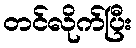
တင်လိုက်ပြီး